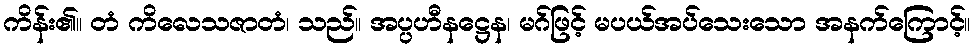
ကိန်း၏။ တံ ကိလေသဇာတံ၊ သည်။ အပ္ပဟီနဋ္ဌေန၊ မဂ်ဖြင့် မပယ်အပ်သေးသော အနက်ကြောင့်။